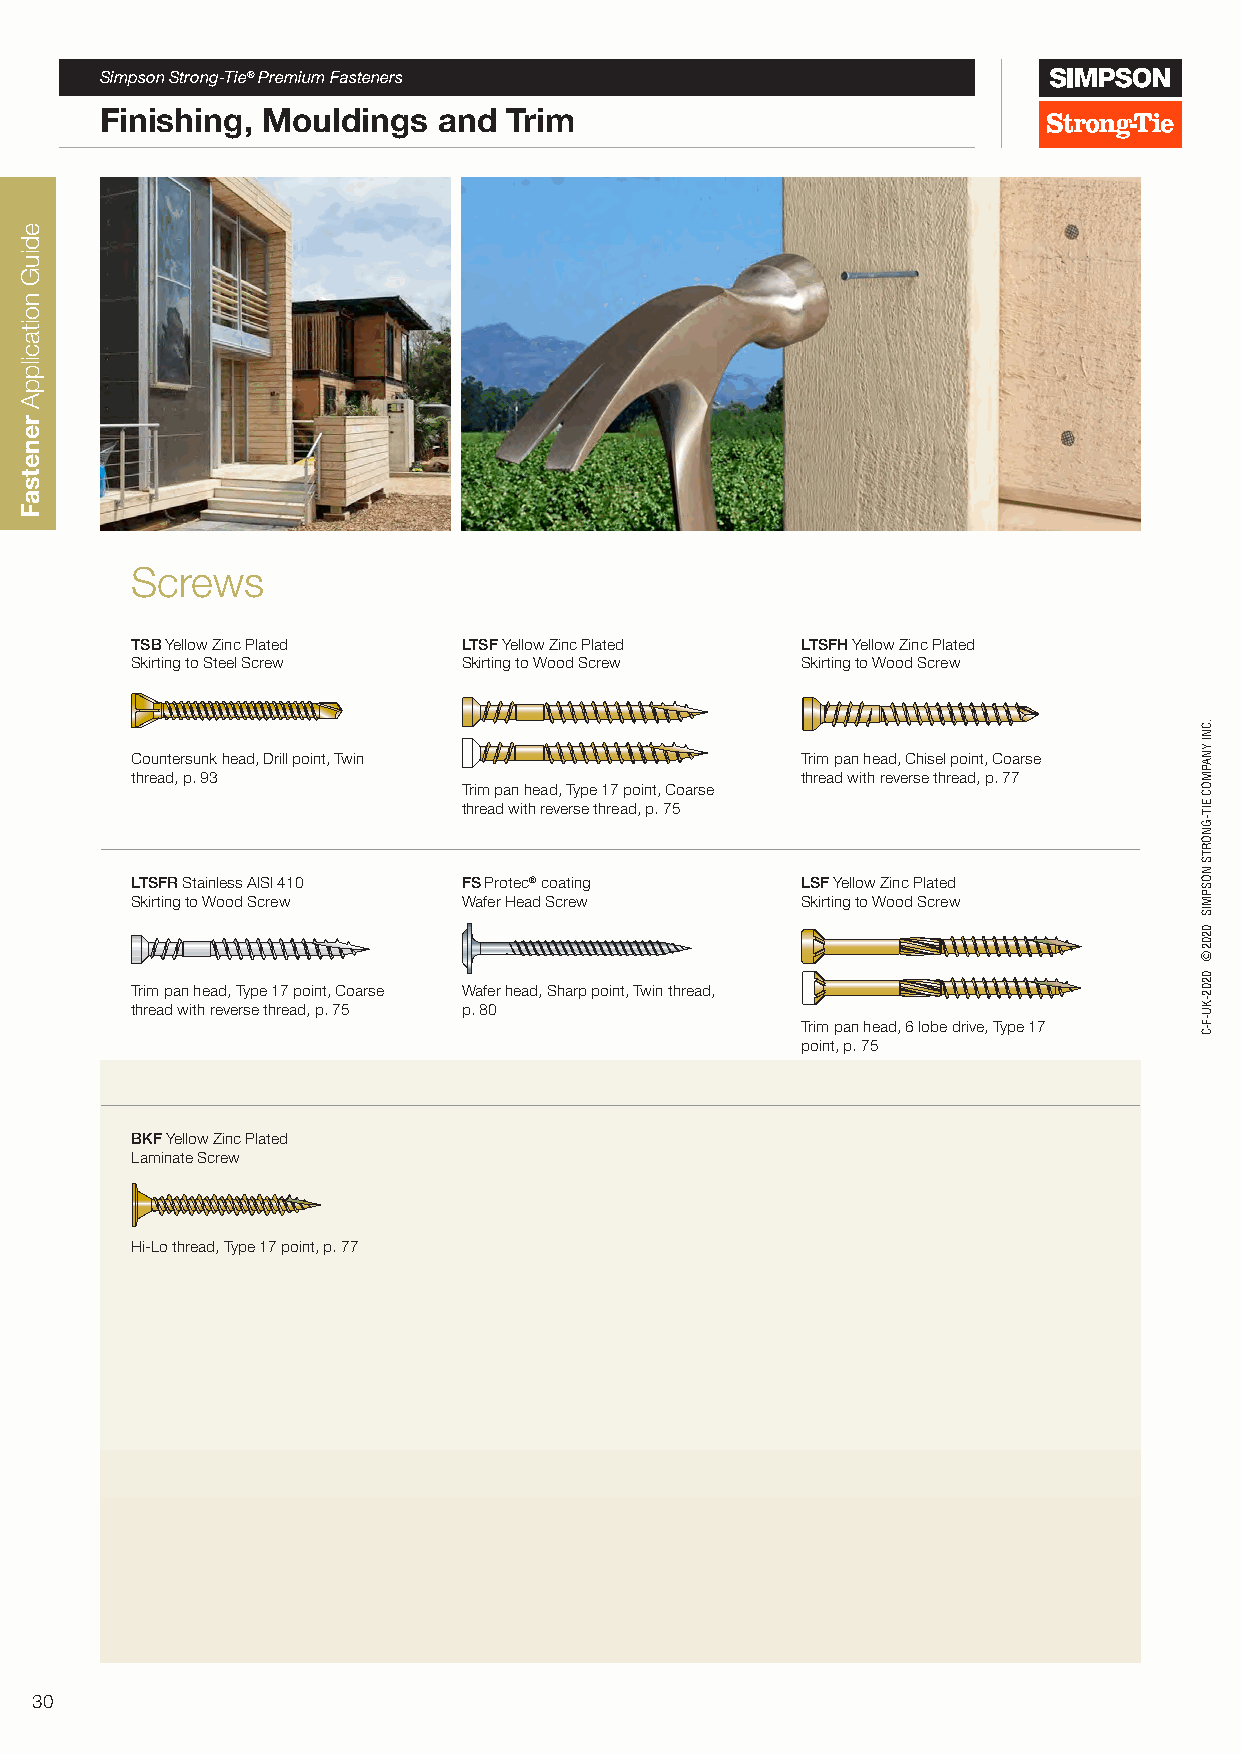
Simpson Strong-Tie® Premium Fasteners
 Finishing, Mouldings  and Trim
 Screws
 TSB Yellow Zinc Plated LTSF Yellow Zinc Plated LTSFH Yellow Zinc Plated
 Skirting to Steel Screw Skirting to Wood Screw Skirting to Wood Screw
 G
 G                     G
 Countersunk head, Drill point, Twin G       Trim pan head, Chisel point, Coarse
 thread, p. 93                               thread with reverse thread, p. 77
 Trim pan head, Type 17 point, Coarse
 thread with reverse thread, p. 75
 LTSFR Stainless AISI 410 FS Protec® coating LSF Yellow Zinc Plated
 Skirting to Wood Screw Wafer Head Screw     Skirting to Wood Screw
 G
 G
 Trim pan head, Type 17 point, Coarse Wafer head, Sharp point, Twin thread,
 thread with reverse thread, p. 75 p. 80
 Trim pan head, 6 lobe drive, Type 17
 point, p. 75
 BKF Yellow Zinc Plated
 Laminate Screw
 G X
 Hi-Lo thread, Type 17 point, p. 77
 30
 ediuG
 noitacilppA
 renetsaF
 .CNI
 YNAPMOC
 EIT-GNORTS
 NOSPMIS
 0202©
 0202-KU-F-C